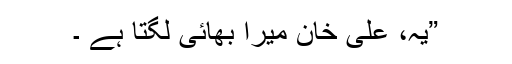
”یہ، علی خان میرا بھائی لگتا ہے ۔